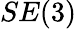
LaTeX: SE(3)